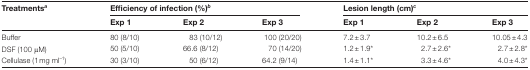
| Treatmentsa | <COLSPAN=3> Efficiency of infection (%)b | <COLSPAN=3> Lesion length (cm)c |
 |  | Exp 1 | Exp 2 | Exp 3 | Exp 1 | Exp 2 | Exp 3 |
 | --- | --- | --- | --- | --- | --- | --- |
 | Buffer | 80 (8/10) | 83 (10/12) | 100 (20/20) | 7.2±3.7 | 10.2±6.5 | 10.05±4.3 |
 | DSF (100 μM) | 50 (5/10) | 66.6 (8/12) | 70 (14/20) | 1.2±1.9* | 2.7±2.6* | 2.7±2.8* |
 | Cellulase (1mg ml–1) | 30 (3/10) | 50 (6/12) | 64.2 (9/14) | 1.4±1.1* | 3.3±4.6* | 4.0±4.3* |